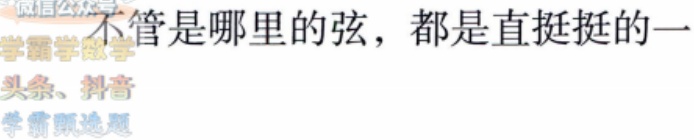
不管是哪里的弦，都是直挺挺的一